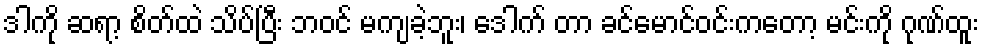
ဒါကို ဆရာ့ စိတ်ထဲ သိပ်ပြီး ဘဝင် မကျခဲ့ဘူး၊ ဒေါက် တာ ခင်မောင်ဝင်းကတော့ မင်းကို ဂုဏ်ထူး